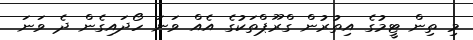
މި ތިން ޓީމުގެ އިތުރުން ގްރޫޕްތަކުގެ އެއް ވަނަ ހޯދައިގެން ދެ ވަނަ